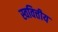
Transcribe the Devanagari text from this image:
स्ववित्तीय